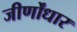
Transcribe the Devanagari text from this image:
जीर्णोंधार